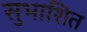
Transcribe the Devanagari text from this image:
सुभाशित